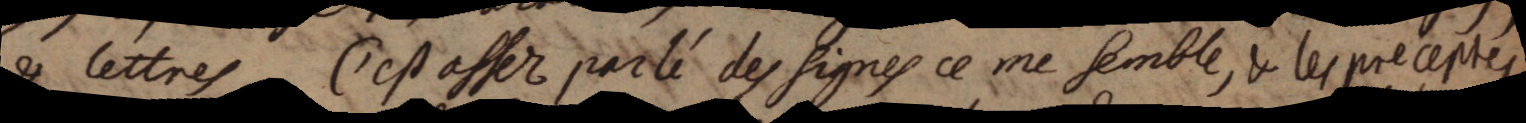
& lettres C’est asseé parlé des signes ce me semble, & les preceptes